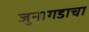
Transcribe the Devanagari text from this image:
जुनागडाचा